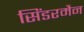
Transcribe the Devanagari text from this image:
सिंडरमैन